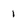
Character: 1